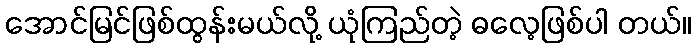
အောင်မြင်ဖြစ်ထွန်းမယ်လို့ ယုံကြည်တဲ့ ဓလေ့ဖြစ်ပါ တယ်။